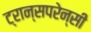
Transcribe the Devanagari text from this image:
ट्रान्सपरेन्सी